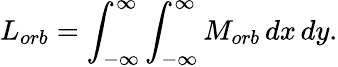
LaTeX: L_{orb}=\int_{-\infty}^{\infty}\int_{-\infty}^{\infty}M_{orb}\, dx\, dy.